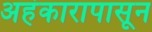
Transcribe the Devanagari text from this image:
अहंकारापासून